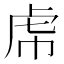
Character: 𧆞